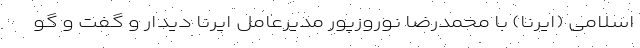
اسلامی (ایرنا) با محمدرضا نوروزپور مدیرعامل ایرنا دیدار و گفت و گو